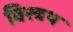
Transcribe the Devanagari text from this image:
विस्त्रथ